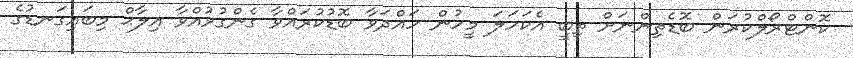
ކޮންޓްރޯލްކުރަން ބޮޑެތިންނަށް ތިބީ އެކަހަލަ މީހުން ހައްދަވާ ބޮޑުކުރައްވާ ގެންގުޅުއްވާ އިލާޙް މިބައިގަނޑުގެ